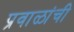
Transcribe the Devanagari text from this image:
प्रवाळांची